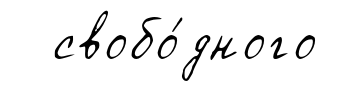
свобо́дного